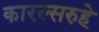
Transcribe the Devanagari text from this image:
कारल्सरुहे